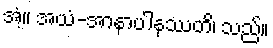
အံ့။ အယံ-အာနာပါနဿတိ၊ သည်။